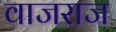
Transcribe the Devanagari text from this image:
वाजराज